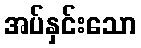
အပ်နှင်းသော